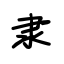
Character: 隶